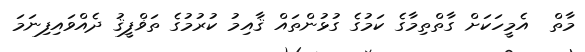
މާތް  އެމީހަކަށް ގާތްތިމާގެ ކަމުގެ ގުޅުންތައް ޤާއިމު ކުރުމުގެ ތަޥްފީޤު ދެއްވައިފިނަމަ